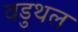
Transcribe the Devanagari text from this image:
वडुथल